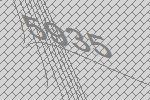
5935